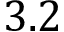
3 . 2